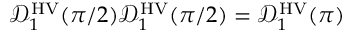
\mathcal { D } _ { 1 } ^ { \mathrm { H V } } ( \pi / 2 ) \mathcal { D } _ { 1 } ^ { \mathrm { H V } } ( \pi / 2 ) = \mathcal { D } _ { 1 } ^ { \mathrm { H V } } ( \pi )